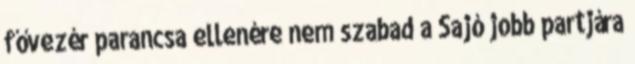
fővezér parancsa ellenére nem szabad a Sajó jobb partjára